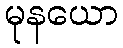
မုနယော